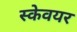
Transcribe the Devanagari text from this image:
स्केवयर